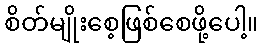
စိတ်မျိုးစေ့ဖြစ်စေဖို့ပေါ့။